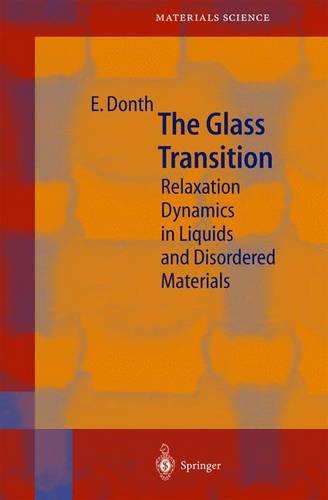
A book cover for The Glass Transition; Ernst-Joachim Donth; Science & Math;